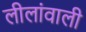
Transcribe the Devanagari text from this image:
लीलांवाली